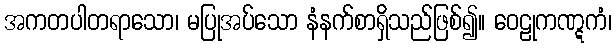
အကတပါတရာသော၊ မပြုအပ်သော နံနက်စာရှိသည်ဖြစ်၍။ ဝေဠုကဏ္ဋကံ၊